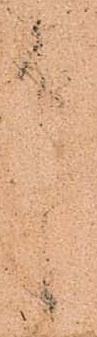
中